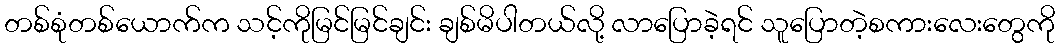
တစ်စုံတစ်ယောက်က သင့်ကိုမြင်မြင်ချင်း ချစ်မိပါတယ်လို့ လာပြောခဲ့ရင် သူပြောတဲ့စကားလေးတွေကို